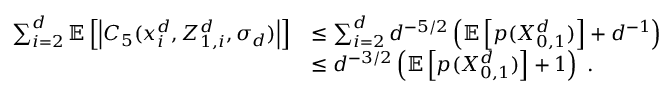
\begin{array} { r l } { \sum _ { i = 2 } ^ { d } \ensuremath { \mathbb { E } \left[ \left\vert C _ { 5 } ( x _ { i } ^ { d } , Z _ { 1 , i } ^ { d } , \sigma _ { d } ) \right\vert \right] } } & { \leq \sum _ { i = 2 } ^ { d } d ^ { - 5 / 2 } \left( \ensuremath { \mathbb { E } \left[ p ( X _ { 0 , 1 } ^ { d } ) \right] } + d ^ { - 1 } \right) } \\ & { \leq d ^ { - 3 / 2 } \left( \ensuremath { \mathbb { E } \left[ p ( X _ { 0 , 1 } ^ { d } ) \right] } + 1 \right) \; . } \end{array}